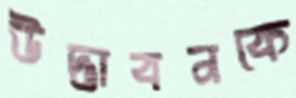
উদ্ভাবনকে